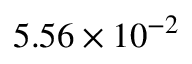
5 . 5 6 \times 1 0 ^ { - 2 }